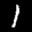
Label: 1